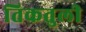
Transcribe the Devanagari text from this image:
तिकतुली